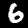
Digit: 6